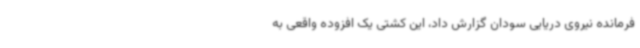
فرمانده نیروی دریایی سودان گزارش داد، این کشتی یک افزوده واقعی به